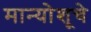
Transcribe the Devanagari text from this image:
मान्योशूचे